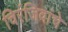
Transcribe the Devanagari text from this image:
चिरंजिवांचे